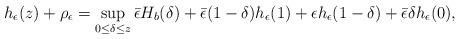
LaTeX: \begin{align*}h_{\epsilon}(z) + \rho_{\epsilon} &= \sup_{0\leq\delta \leq z} \bar{\epsilon}H_{b}(\delta) + \bar{\epsilon}(1-\delta)h_{\epsilon}(1) + \epsilon h_{\epsilon}(1-\delta) + \bar{\epsilon}\delta h_{\epsilon}(0),\end{align*}